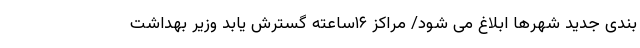
‌بندی جدید شهرها ابلاغ می ‌شود/ مراکز ۱۶ساعته گسترش یابد وزیر بهداشت